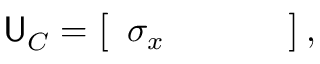
{ \sf U } _ { C } = \left[ \begin{array} { c c c c } { \sigma _ { x } } & { } & { } & { } \end{array} \right] ,